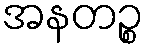
အနတဉ္စ